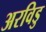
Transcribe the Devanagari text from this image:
अरविडु